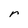
Character: r